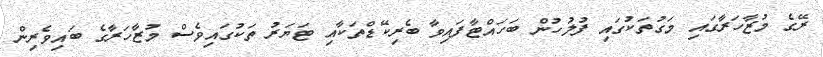
ރޭގެ މުޒާހަރާގައި މަގުތަކުގައި ފުލުހުން ބަހައްޓާފައިވާ ބެރިކޭޑްތަކާއި ޓަޔަރު ތަކުގައިވެސް މުޒާހަރާގެ ބައިވެރިން